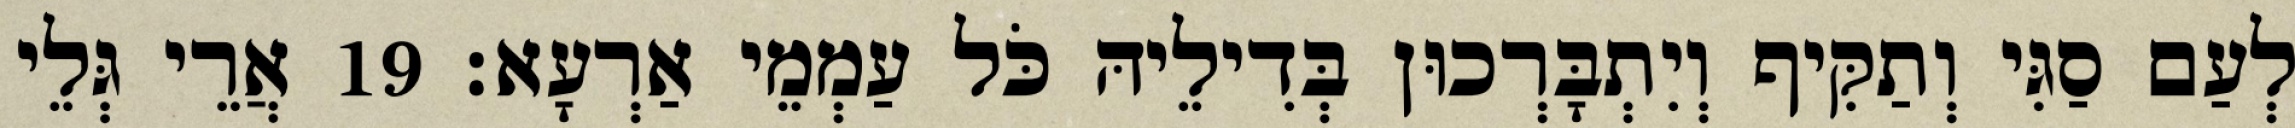
לְעַם סַגִּי וְתַקִּיף וְיִתְבָּרְכוּן בְּדִילֵיהּ כֹּל עַמְמֵי אַרְעָא׃ 19 אֲרֵי גְּלֵי